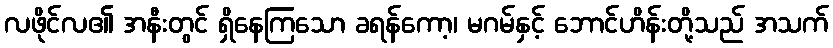
လဖိုင်လ၏ အနီးတွင် ရှိနေကြသော ခရန်ကော့၊ မဂမ်နှင့် ဘောင်ဟိန်းတို့သည် အသက်